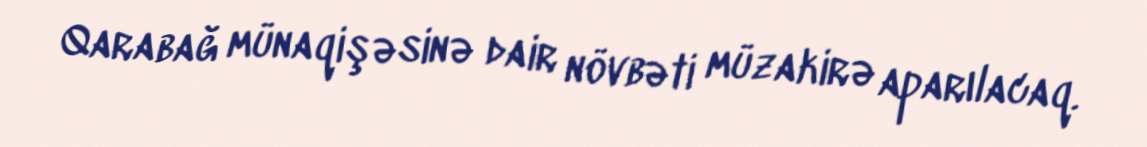
Qarabağ münaqişəsinə dair növbəti müzakirə aparılacaq.